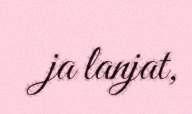
ja lanjat,